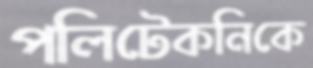
পলিটেকনিকে